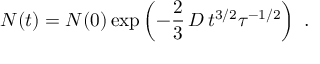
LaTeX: N ( t ) = N ( 0 ) \exp \left( - \frac { 2 } { 3 } \, D \, t ^ { 3 / 2 } \tau ^ { - 1 / 2 } \right) \ .